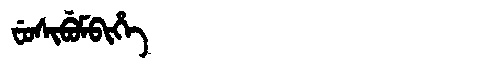
Manchu: ᠸᡠᠰᡳᠪᡠᠮᠪᡳᡥᡝ
Romanization: FUSIBUMBIHE